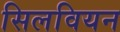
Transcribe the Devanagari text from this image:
सिलवियन